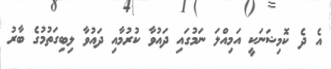
އެ ދެ ކޮމިޝަނަކީ އަމިއްލަ ނަމުގައި ދައުވާ ކުރުމާއި ދައުވާ ލިބިގަތުމުގެ ބާރު